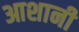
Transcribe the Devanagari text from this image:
आशानी